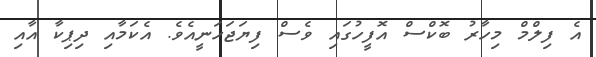
އެ ފިލްމް މިހާރު ބޮކްސް އޮފީހުގައި ވެސް ފިޔަޖަހަނީއެވެ. އެކަމާއި ދިޕިކާ އާއި